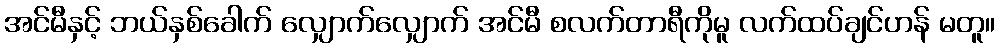
အင်မီနှင့် ဘယ်နှစ်ခေါက် လျှောက်လျှောက် အင်မီ စလက်တာရီကိုမူ လက်ထပ်ချင်ဟန် မတူ။